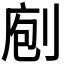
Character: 𠝇